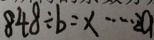
8 4 8 \div b = x \cdots 2 a